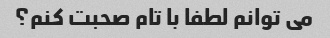
می توانم لطفا با تام صحبت کنم؟